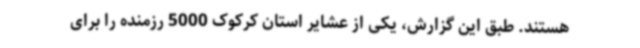
هستند. طبق این گزارش، یکی از عشایر استان کرکوک 5000 رزمنده را برای